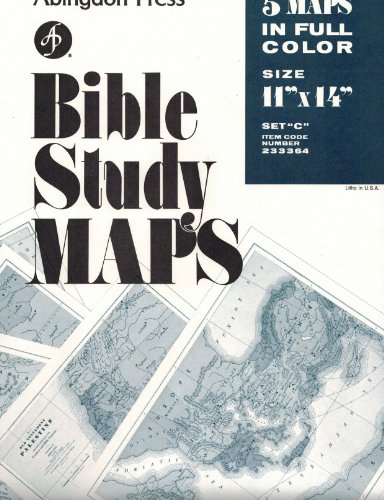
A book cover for Abingdon Bible Study Maps; Christian Books & Bibles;